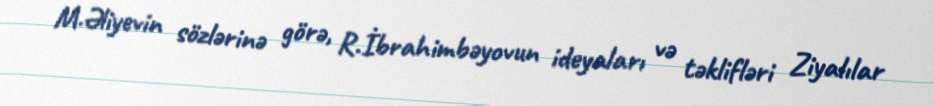
M.Əliyevin sözlərinə görə, R.İbrahimbəyovun ideyaları və təklifləri Ziyalılar